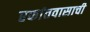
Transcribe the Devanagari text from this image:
एकांतवासाची